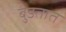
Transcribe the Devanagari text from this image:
बुडतात